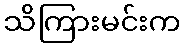
သိကြားမင်းက